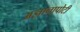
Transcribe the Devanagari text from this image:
अज्ञानापोटी